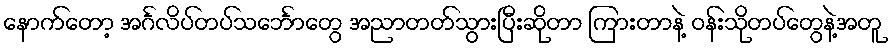
နောက်တော့ အင်္ဂလိပ်တပ်သင်္ဘောတွေ အညာတတ်သွားပြီးဆိုတာ ကြားတာနဲ့ ဝန်းသိုတပ်တွေနဲ့အတူ